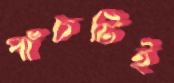
পাঁচটিই